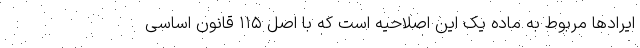
ایرادها مربوط به ماده یک این اصلاحیه است که با اصل ۱۱۵ قانون اساسی